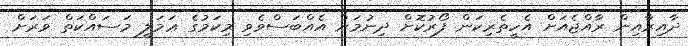
ދާއިރާއިން ރާއްޖެއަށް އެހީތެރިކަން ފޯރުކޮށް ދިނުމަށް އެއްބަސްވެވި މިކަމުގެ ޢަމަލީ މަސައްކަތް ވަރަށް